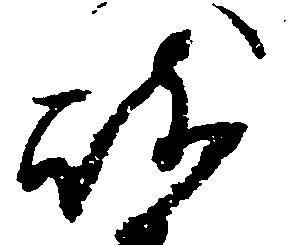
岐